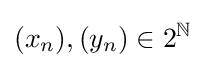
(x_{n}),(y_{n})\in 2^{\mathbb {N} }